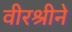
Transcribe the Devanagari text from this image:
वीरश्रीने